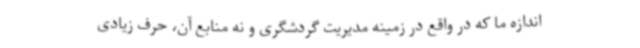
اندازه‌ ما که در واقع در زمینه مدیریت گردشگری و نه منابع آن، حرف زیادی